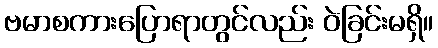
ဗမာစကားပြောရာတွင်လည်း ဝဲခြင်းမရှိ။